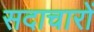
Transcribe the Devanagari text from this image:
सदाचारों